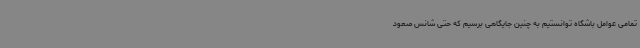
تمامی عوامل باشگاه توانستیم به چنین جایگاهی برسیم که حتی شانس صعود